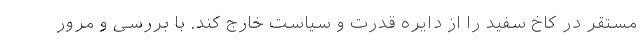
مستقر در کاخ سفید را از دایره قدرت و سیاست خارج کند. با بررسی و مرور